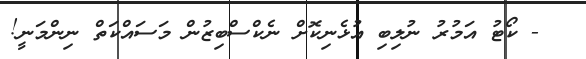
- ކޯޓު އަމުރު ނުލިބި އުޅެނިކޮށް ނެކްސްބިޒުން މަސައްކަތް ނިންމަނީ!